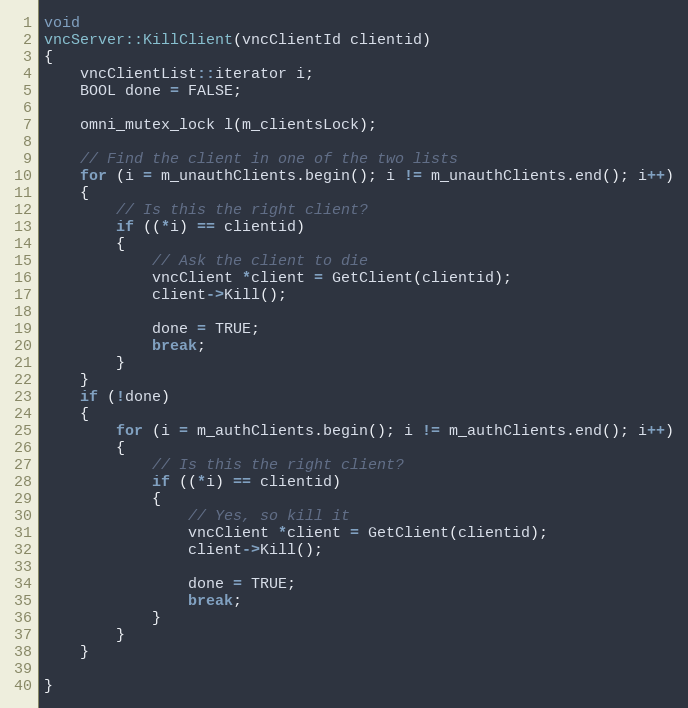
Language: C++
void
vncServer::KillClient(vncClientId clientid)
{
	vncClientList::iterator i;
	BOOL done = FALSE;

	omni_mutex_lock l(m_clientsLock);

	// Find the client in one of the two lists
	for (i = m_unauthClients.begin(); i != m_unauthClients.end(); i++)
	{
		// Is this the right client?
		if ((*i) == clientid)
		{
			// Ask the client to die
			vncClient *client = GetClient(clientid);
			client->Kill();

			done = TRUE;
			break;
		}
	}
	if (!done)
	{
		for (i = m_authClients.begin(); i != m_authClients.end(); i++)
		{
			// Is this the right client?
			if ((*i) == clientid)
			{
				// Yes, so kill it
				vncClient *client = GetClient(clientid);
				client->Kill();

				done = TRUE;
				break;
			}
		}
	}

}